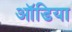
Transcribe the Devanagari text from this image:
ऑडिया